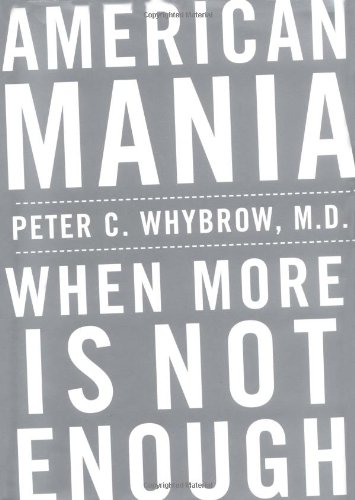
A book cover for American Mania: When More is Not Enough; Peter C. Whybrow; Politics & Social Sciences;